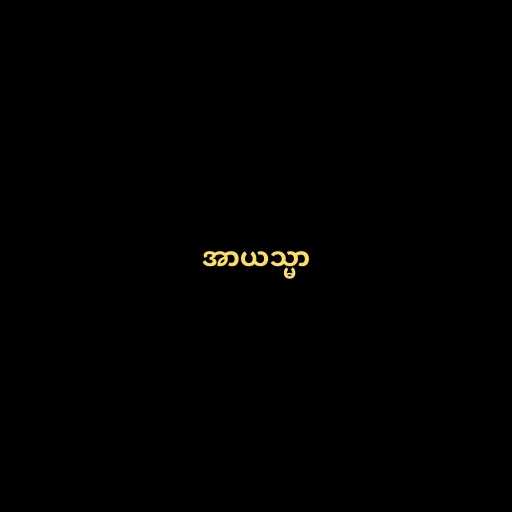
အာယသ္မာ